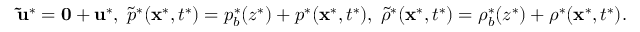
\begin{array} { r } { \mathbf { \tilde { u } ^ { * } } = \mathbf { 0 } + \mathbf { u } ^ { * } , \; \tilde { p } ^ { * } ( \mathbf { x } ^ { * } , t ^ { * } ) = p _ { b } ^ { * } ( z ^ { * } ) + p ^ { * } ( \mathbf { x } ^ { * } , t ^ { * } ) , \; \tilde { \rho } ^ { * } ( \mathbf { x } ^ { * } , t ^ { * } ) = \rho _ { b } ^ { * } ( z ^ { * } ) + \rho ^ { * } ( \mathbf { x } ^ { * } , t ^ { * } ) . } \end{array}